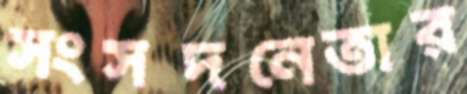
সংসদনেতার